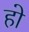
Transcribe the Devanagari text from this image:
हो